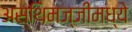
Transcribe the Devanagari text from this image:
अस्थिमज्जीमध्ये